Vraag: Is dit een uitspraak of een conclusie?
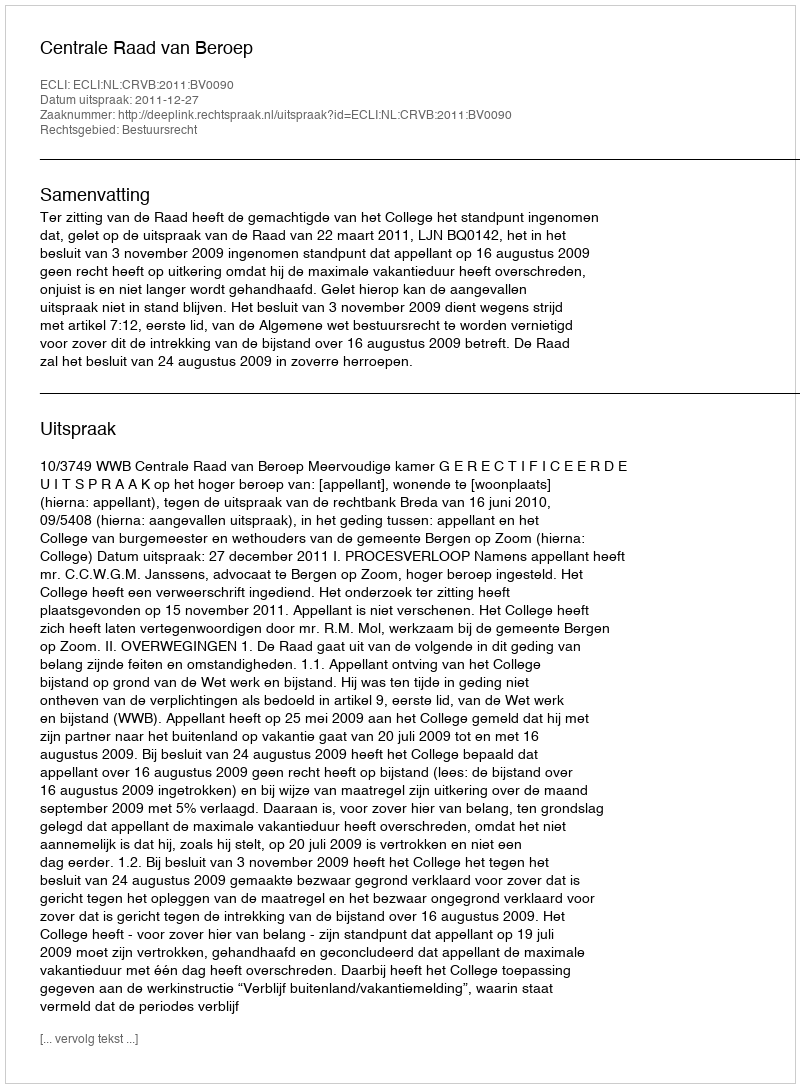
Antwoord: Uitspraak